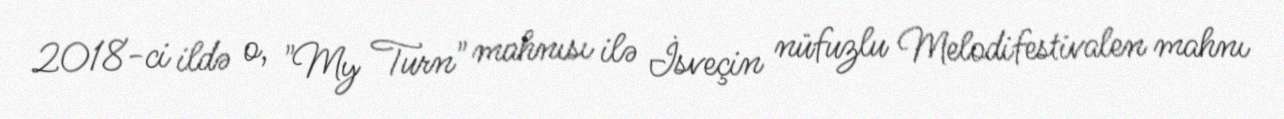
2018-ci ildə o, "My Turn" mahnısı ilə İsveçin nüfuzlu Melodifestivalen mahnı